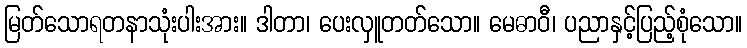
မြတ်သောရတနာသုံးပါးအား။ ဒါတာ၊ ပေးလှူတတ်သော။ မေဓာဝီ၊ ပညာနှင့်ပြည့်စုံသော။